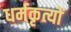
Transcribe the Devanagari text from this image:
धर्मकृत्यों